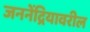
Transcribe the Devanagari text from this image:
जननेंद्रियावरील